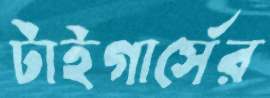
টাইগার্সের